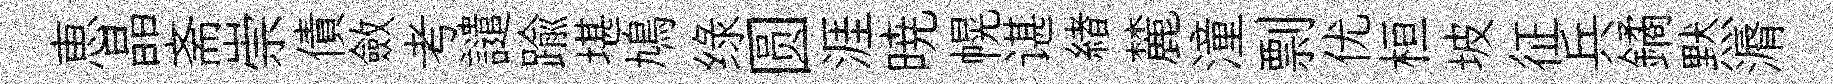
恵晶斋崇債斂考譴踰堪鳩绿圆涯暁幌谌緖麓潼剽优桓坡征兵鐍黙漘